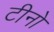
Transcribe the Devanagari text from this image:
टीनो